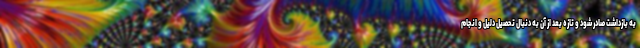
به بازداشت صادر شود و تازه بعد از آن به دنبال تحصیل دلیل و انجام